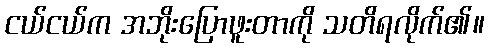
ငယ်ငယ်က အဘိုးပြောဖူးတာကို သတိရလိုက်၏။